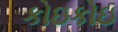
કોઇકોઇ